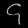
Digit: ၄